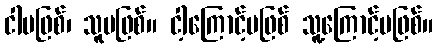
ငါမဖြစ်၊ သူမဖြစ်။ ငါ့ကြောင့်မဖြစ် သူ့ကြောင့်မဖြစ်။